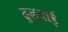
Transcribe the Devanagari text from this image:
ढुलवाई